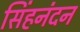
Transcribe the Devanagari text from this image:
सिंहनंदन